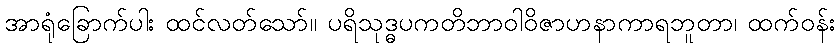
အာရုံခြောက်ပါး ထင်လတ်သော်။ ပရိသုဒ္ဓပကတိဘာဝါဝိဇာဟနာကာရဘူတာ၊ ထက်ဝန်း